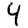
Digit: 4